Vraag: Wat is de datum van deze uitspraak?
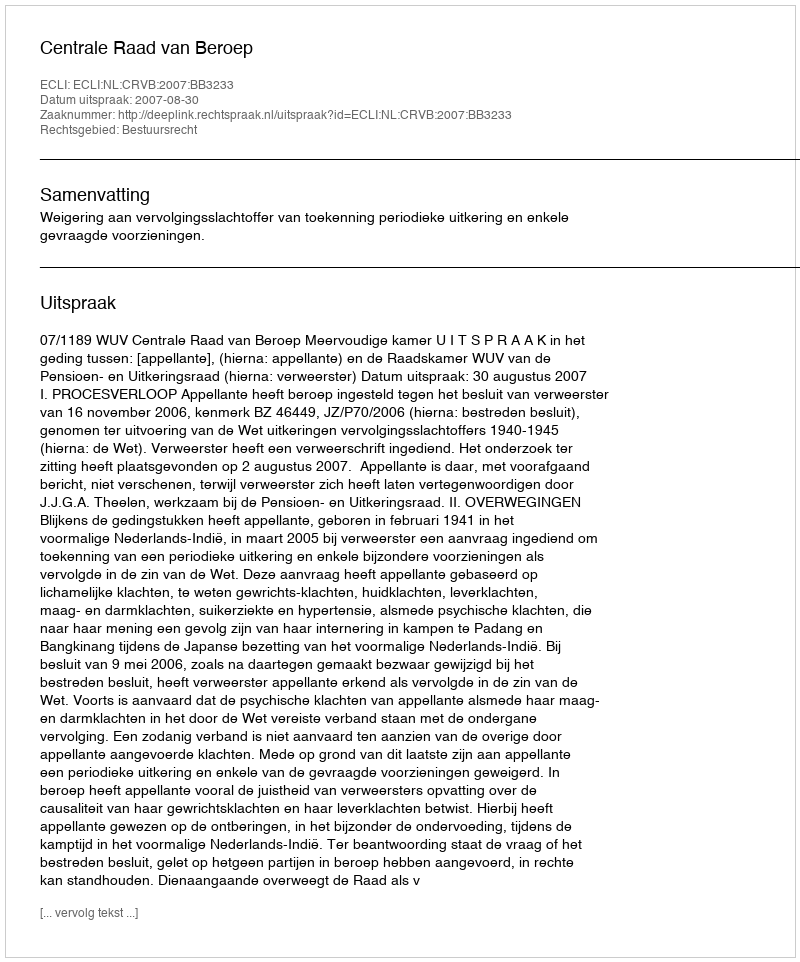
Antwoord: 2007-08-30